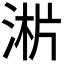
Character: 𣶁